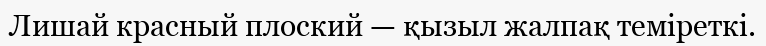
Лишай красный плоский — қызыл жалпақ теміреткі.